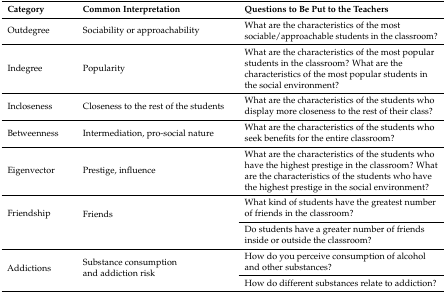
<table><thead><tr><td><b>Category</b></td><td><b>Common Interpretation</b></td><td><b>Questions to Be Put to the Teachers</b></td></tr></thead><tbody><tr><td>Outdegree</td><td>Sociability or approachability</td><td>What are the characteristics of the most sociable/approachable students in the classroom?</td></tr><tr><td>Indegree</td><td>Popularity</td><td>What are the characteristics of the most popular students in the classroom? What are the characteristics of the most popular students in the social environment?</td></tr><tr><td>Incloseness</td><td>Closeness to the rest of the students</td><td>What are the characteristics of the students who display more closeness to the rest of their class?</td></tr><tr><td>Betweenness</td><td>Intermediation, pro-social nature</td><td>What are the characteristics of the students who seek benefits for the entire classroom?</td></tr><tr><td>Eigenvector</td><td>Prestige, influence</td><td>What are the characteristics of the students who have the highest prestige in the classroom? What are the characteristics of the students who have the highest prestige in the social environment?</td></tr><tr><td rowspan="2">Friendship</td><td rowspan="2">Friends</td><td>What kind of students have the greatest number of friends in the classroom?</td></tr><tr><td>Do students have a greater number of friends inside or outside the classroom?</td></tr><tr><td rowspan="2">Addictions</td><td rowspan="2">Substance consumption and addiction risk</td><td>How do you perceive consumption of alcohol and other substances?</td></tr><tr><td>How do different substances relate to addiction?</td></tr></tbody></table>